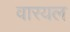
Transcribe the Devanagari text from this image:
वारयल